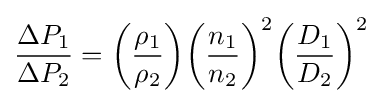
{\frac {\Delta P_{1}}{\Delta P_{2}}}={\bigg (}{\frac {\rho _{1}}{\rho _{2}}}{\bigg )}{\bigg (}{\frac {n_{1}}{n_{2}}}{\bigg )}^{2}{\bigg (}{\frac {D_{1}}{D_{2}}}{\bigg )}^{2}